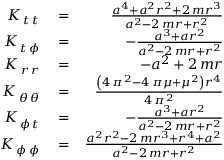
\begin{array} { r l r } { K _ { \, t \, t } ^ { \phantom { \, t } \phantom { \, t } } } & { { } = } & { \frac { a ^ { 4 } + a ^ { 2 } r ^ { 2 } + 2 \, m r ^ { 3 } } { a ^ { 2 } - 2 \, m r + r ^ { 2 } } } \\ { K _ { \, t \, { \phi } } ^ { \phantom { \, t } \phantom { \, { \phi } } } } & { { } = } & { - \frac { a ^ { 3 } + a r ^ { 2 } } { a ^ { 2 } - 2 \, m r + r ^ { 2 } } } \\ { K _ { \, r \, r } ^ { \phantom { \, r } \phantom { \, r } } } & { { } = } & { - a ^ { 2 } + 2 \, m r } \\ { K _ { \, { \theta } \, { \theta } } ^ { \phantom { \, { \theta } } \phantom { \, { \theta } } } } & { { } = } & { \frac { { \left( 4 \, \pi ^ { 2 } - 4 \, \pi \mu + \mu ^ { 2 } \right) } r ^ { 4 } } { 4 \, \pi ^ { 2 } } } \\ { K _ { \, { \phi } \, t } ^ { \phantom { \, { \phi } } \phantom { \, t } } } & { { } = } & { - \frac { a ^ { 3 } + a r ^ { 2 } } { a ^ { 2 } - 2 \, m r + r ^ { 2 } } } \\ { K _ { \, { \phi } \, { \phi } } ^ { \phantom { \, { \phi } } \phantom { \, { \phi } } } } & { { } = } & { \frac { a ^ { 2 } r ^ { 2 } - 2 \, m r ^ { 3 } + r ^ { 4 } + a ^ { 2 } } { a ^ { 2 } - 2 \, m r + r ^ { 2 } } } \end{array}